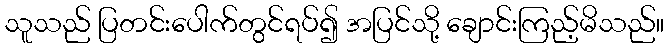
သူသည် ပြတင်းပေါက်တွင်ရပ်၍ အပြင်သို့ ချောင်းကြည့်မိသည်။